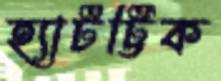
হ্যাটট্টিক